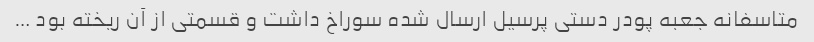
متاسفانه جعبه پودر دستی پرسیل ارسال شده سوراخ داشت و قسمتی از آن ریخته بود …